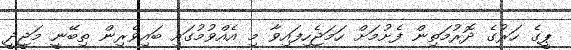
ޕީގެ ހަރުގެ ދޮރުމަތިން ފެށުމަށް ހަމަޖެހިފައިވާ މި އެއްވުުމުގައި ބައިވެރިން ތިބޭނީ މަޖީދީ